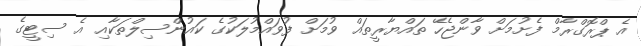
އެ ޕްރޮގްރާމް ފެށުމަށް ވާންޖެހޭ ތައްޔާރީތައް ވުމަށް ފުވައްމުލަކުގެ ކައުންސިލްތަކާއި އެ ސިޓީގެ